Regulations for the medical services of the Army of India
Year: 1930
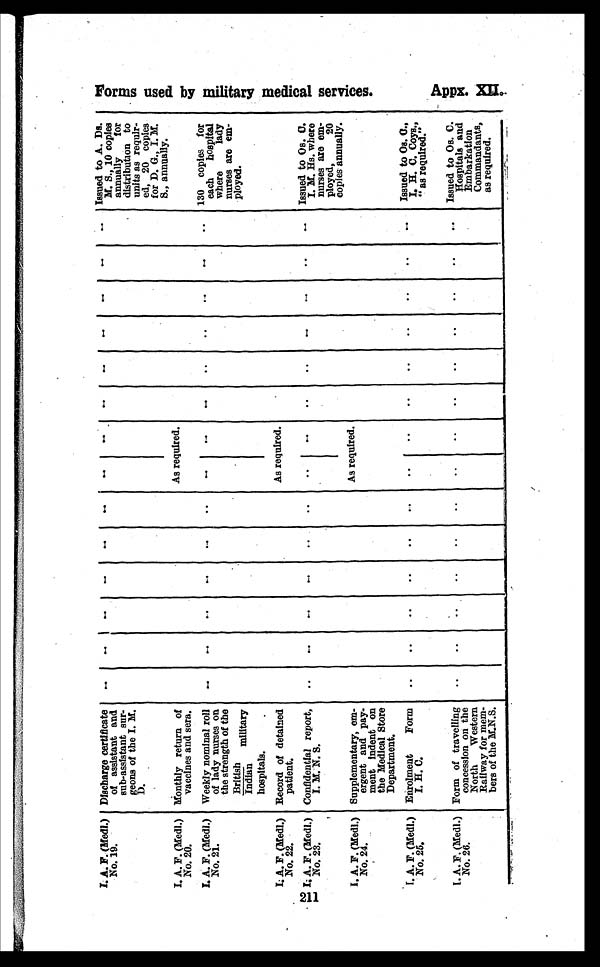
211
I. A. F. (Medl.)
No. 19.
Discharge certificate
of assistant and
sub-assistant sur-
geons of the I. M.
D.
Issued to A. Ds.
M. S., 10 copies
annually
for
distribution to
units as requir-
ed, 20 copies
for D. G., I. M.
S., annually.
I. A. F. (Medl.)
No. 20.
Monthly return of
vaccines and sera.
As required.
I. A. F. (Medl.)
No. 21.
Weekly nominal roll
of lady nurses on
the strength of the
British military
Indian
hospitals.
.
. .
. .
. .
. .
..
. .
. .
. .
. .
. .
. . 130 copies for
each hospital
where
lady
nurses are em-
ployed.
I. A. F.( M e d l . )
No. 22. -
Record of detained
patient.
As required.
I. A. F. (Medl.)
No. 23.
Confidential report,
I. M. N. S.
..
. .
. .
. .
..
..
..
. .
..
..
. .
..
. .
Issued to Os. C.
I. M. Hs. where
nurses are em-
ployed,
20
copies annually.
I. A. F. (Medl.)
No. 24.
Supplementary, em-
ergent and pay-
ment indent on
the Medical Store
Department.
As required.
I. A. F. (Medl.)
No. 25,
Enrolment
Form
I. H. C.
..
..
..
..
..
..
..
..
..
..
. .
. .
. .
Issued to Os. C.,
I. H. C. Coys.,
"as required."
I. A. F. (Medl.)
No. 26.
Form of travelling
concession on the
North Western
Railway for mem-
bers of the M.N.S.
..
..
..
..
..
..
..
..
..
. .
. .
..
..
. .
Issued to Os. C.
Hospitals and
Embarkation
Commandants,
as required.
F o r m s u s e d b y m i l i t a r y m e d i c a l s e r v i c e s .
Appx . XI I